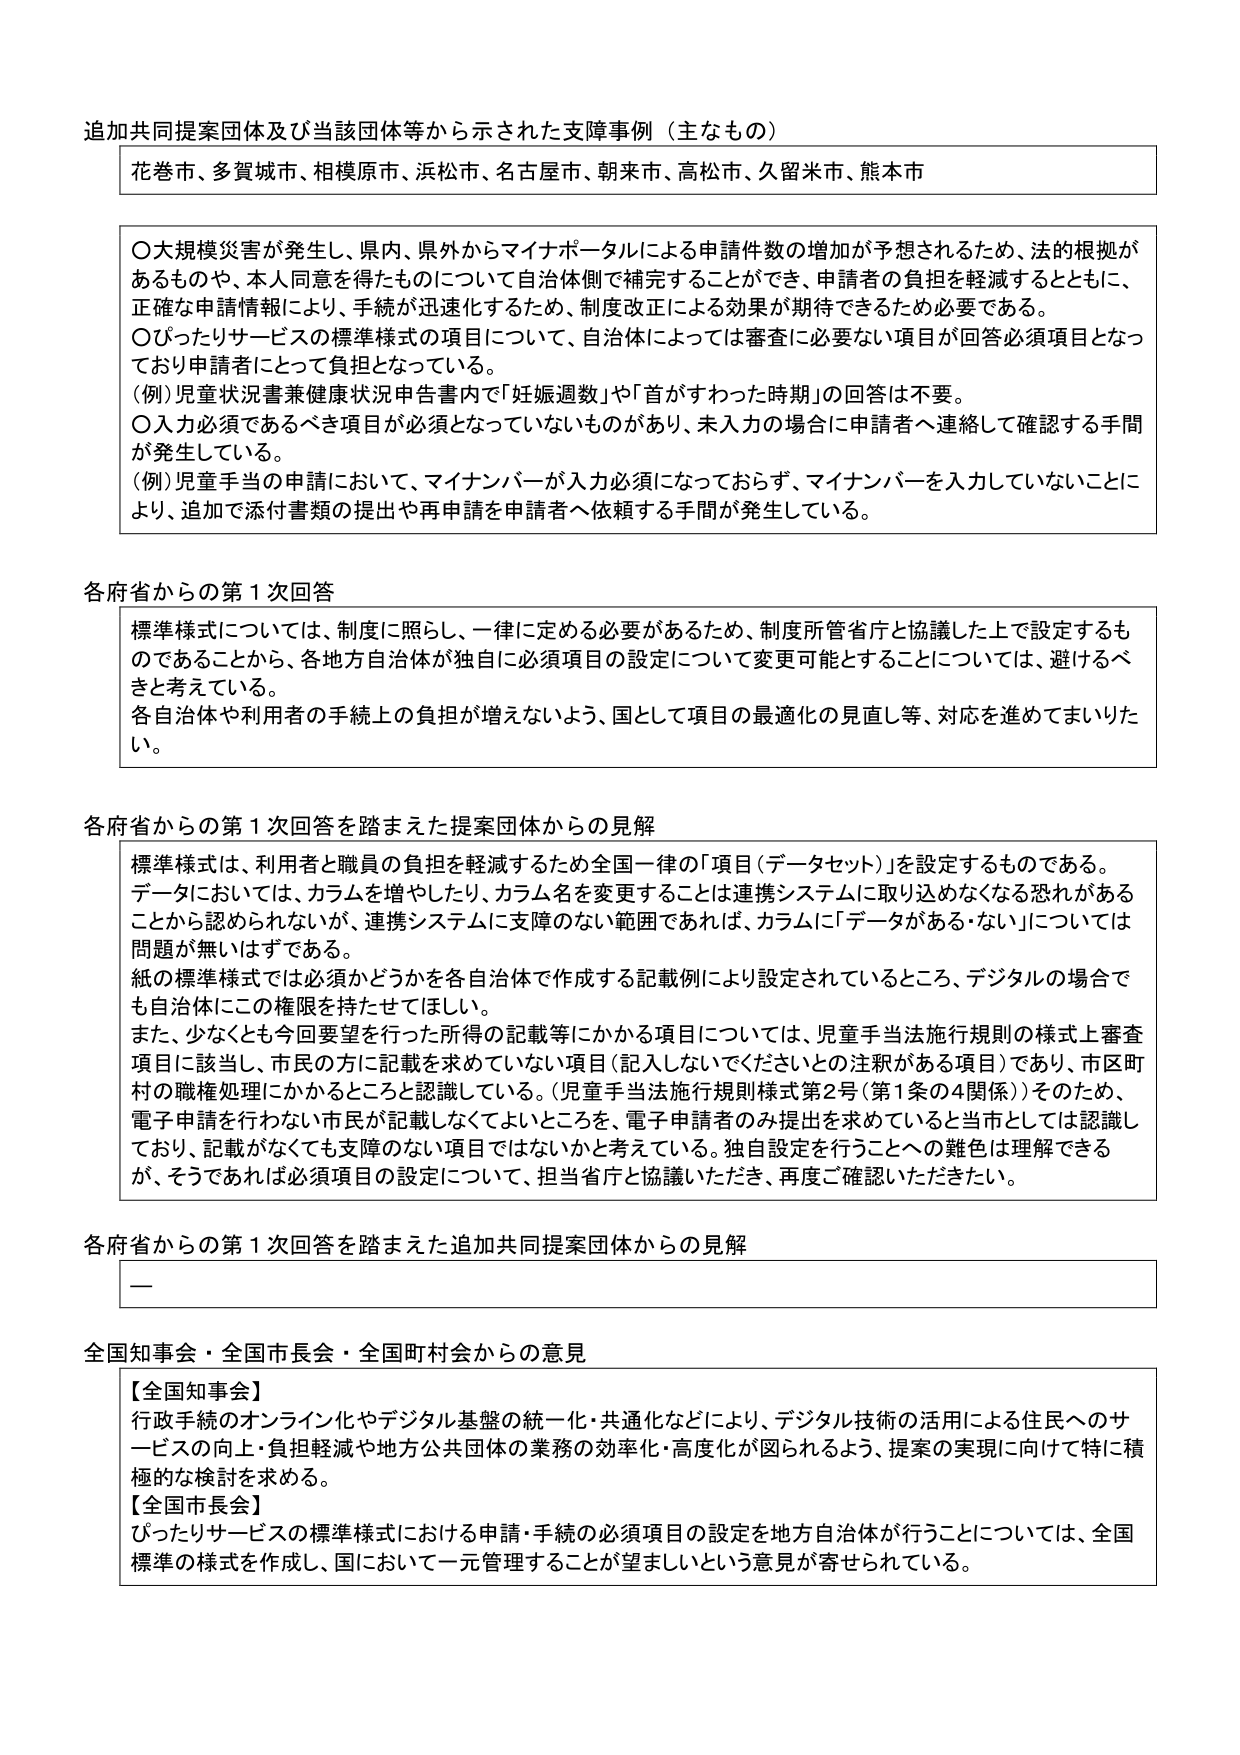
追加共同提案団体及び当該団体等から示された支障事例（主なもの）

花巻市、多賀城市、相模原市、浜松市、名古屋市、朝来市、高松市、久留米市、熊本市

〇大規模災害が発生し、県内、県外からマイナポータルによる申請件数の増加が予想されるため、法的根拠があるものや、本人同意を得たものについて自治体側で補完することができ、申請者の負担を軽減するとともに、正確な申請情報により、手続が迅速化するため、制度改正による効果が期待できるため必要である。
〇ぴったりサービスの標準様式の項目について、自治体によっては審査に必要ない項目が回答必須項目となっており申請者にとって負担となっている。
（例）児童状況書兼健康状況申告書内で「妊娠週数」や「首がすわった時期」の回答は不要。
〇入力必須であるべき項目が必須となっていないものがあり、未入力の場合に申請者へ連絡して確認する手間が発生している。
（例）児童手当の申請において、マイナンバーが入力必須になっておらず、マイナンバーを入力していないことにより、追加で添付書類の提出や再申請を申請者へ依頼する手間が発生している。

各府省からの第１次回答

標準様式については、制度に照らし、一律に定める必要があるため、制度所管省庁と協議した上で設定するものであることから、各地方自治体が独自に必須項目の設定について変更可能とすることについては、避けるべきと考えている。
各自治体や利用者の手続上の負担が増えないよう、国として項目の最適化の見直し等、対応を進めてまいりたい。

各府省からの第１次回答を踏まえた提案団体からの見解

標準様式は、利用者と職員の負担を軽減するため全国一律の「項目（データセット）」を設定するものである。データにおいては、カラムを増やしたり、カラム名を変更することは連携システムに取り込めなくなる恐れがあることから認められないが、連携システムに支障のない範囲であれば、カラムに「データがある・ない」については問題が無いはずである。
紙の標準様式では必須かどうかを各自治体で作成する記載例により設定されているところ、デジタルの場合でも自治体にこの権限を持たせてほしい。
また、少なくとも今回要望を行った所得の記載等にかかる項目については、児童手当法施行規則の様式上審査項目に該当し、市民の方に記載を求めていない項目（記入しないでくださいとの注釈がある項目）であり、市区町村の職権処理にかかるところと認識している。（児童手当法施行規則様式第2号（第1条の4関係））そのため、電子申請を行わない市民が記載しなくてよいところを、電子申請者のみ提出を求めていると当市としては認識しており、記載がなくても支障のない項目ではないかと考えている。独自設定を行うことへの難色は理解できるが、そうであれば必須項目の設定について、担当省庁と協議いただき、再度ご確認いただきたい。

各府省からの第１次回答を踏まえた追加共同提案団体からの見解

—

全国知事会・全国市長会・全国町村会からの意見

【全国知事会】
行政手続のオンライン化やデジタル基盤の統一・共通化などにより、デジタル技術の活用による住民へのサービスの向上・負担軽減や地方公共団体の業務の効率化・高度化が図られるよう、提案の実現に向けて特に積極的な検討を求める。
【全国市長会】
ぴったりサービスの標準様式における申請・手続の必須項目の設定を地方自治体が行うことについては、全国標準の様式を作成し、国において一元管理することが望ましいという意見が寄せられている。